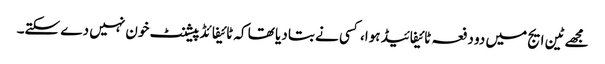
مجھے ٹین ایج میں دو دفعہ ٹائیفائیڈ ہوا، کسی نے بتا دیا تھا کہ ٹائیفائڈ پیشنٹ خون نہیں دے سکتے۔